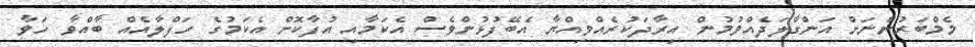
މެމްބަރުންނަށް އަންގާލަދެއްވުމުން އިރާދަކުރެއްވިއްޔާ އެބޭފުޅުންވެސް އެކަމާއި އުފާކޮށް އެކަމުގެ ހަފްލާއެއް ބާއްވާ ހަވާ